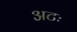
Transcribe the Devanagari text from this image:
अटः